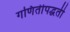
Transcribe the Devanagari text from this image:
गणितीपद्धती